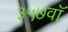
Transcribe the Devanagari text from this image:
३५७वॉ